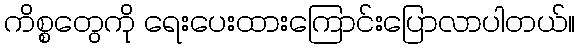
ကိစ္စတွေကို ရေးပေးထားကြောင်းပြောလာပါတယ်။